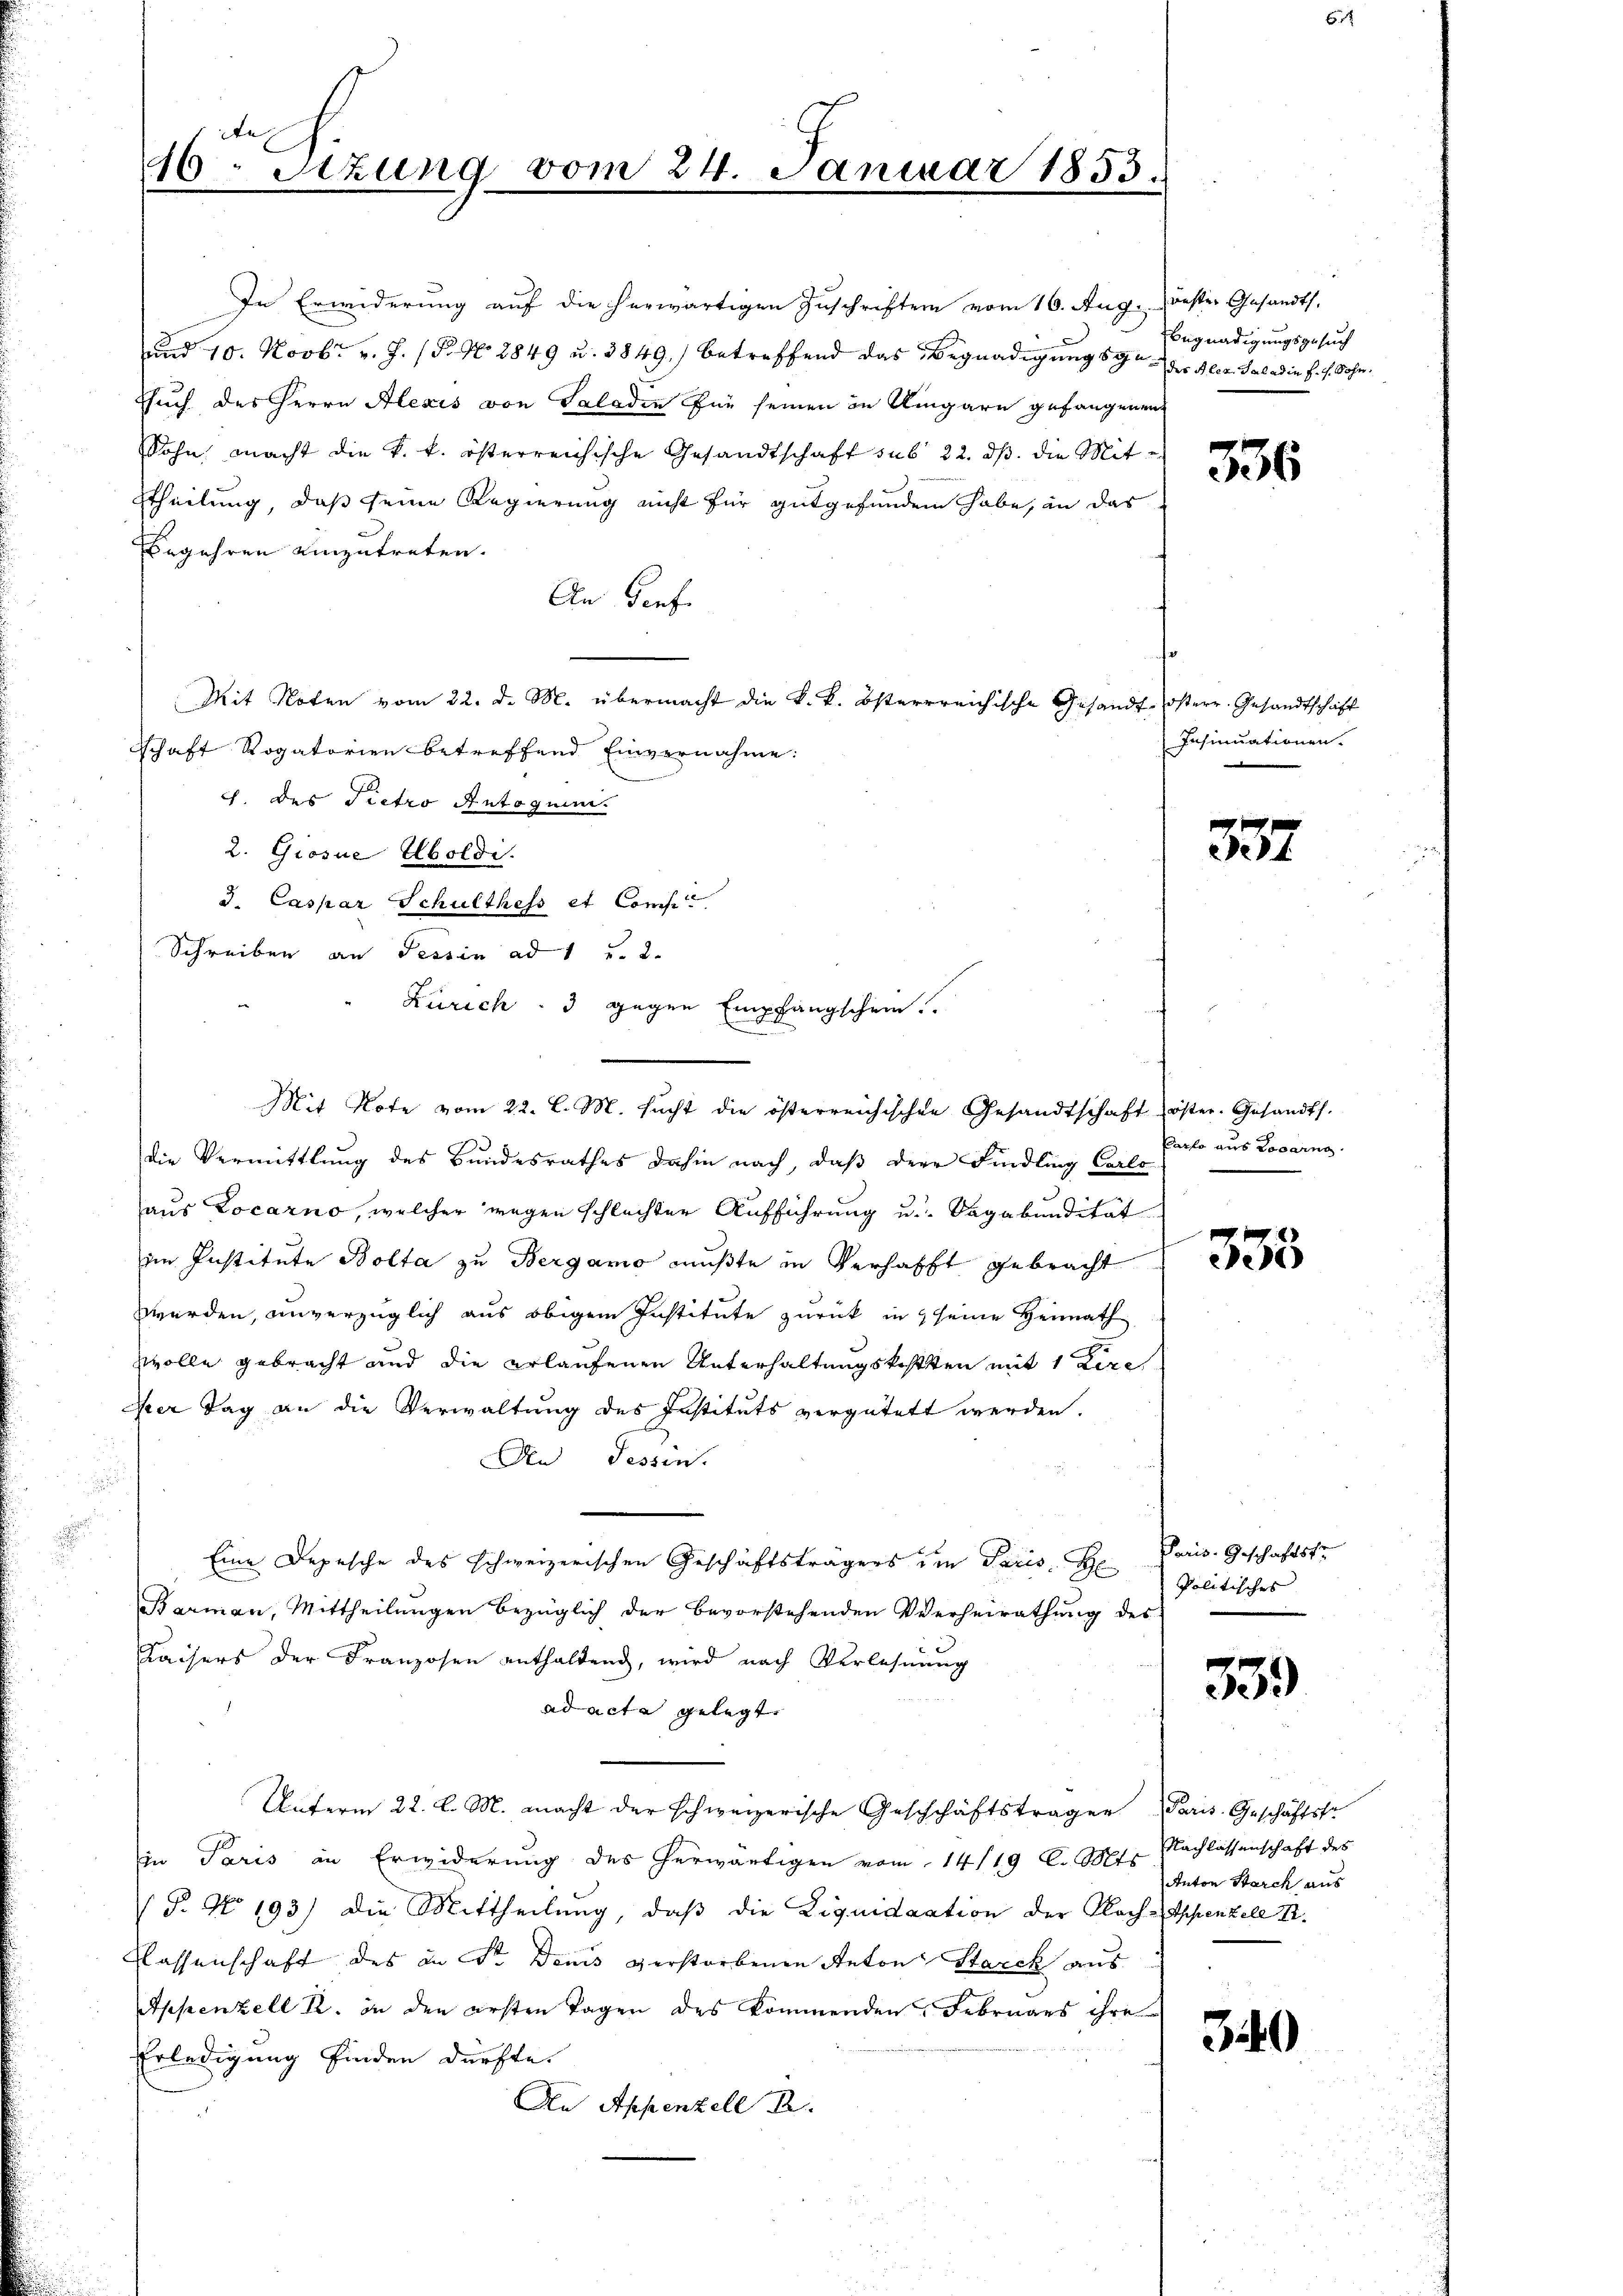
46. Sizung vom 24. Januar 1853.

In Erwiderung auf die herwärtigen Zuschriften vom 16. Aug. Deser Gesandts.
und 10. Novbr. v. J. P. Nr. 2849 u. 3849.) betreffend das Begnadigungsg. der Alex Sala die h. s. Sohn.
Euch des Herrn Alexis von Saladen für seinen in Eingarn gefangenen
Sohn macht die k. k. österreichische Gesandtschaft sub 22. ds. die Mittheilung, daß seine Regierung nicht für gutgefunden habe, an das
Begehren einzutreten.
An Genf.
Mit Noten vom 22. d. M. übermacht die k. k. österrreichische Gesandt-österr. Gesandtschaft
schaft Rogatorien betreffend Einvernahme:
c. des Pietro Antoguin.
2. Giosae Uboldi.
d. Caspar Schulthess et Confe
Schreiben an Tessin ad 1. 2.
die Vermittlung des Bundesrathes dahin nach, daß der Findling Carlo
haus Locarno, welcher wegen schlechter Aufführung u. Sagabendität
im Institute Bolta zu Bergamo mußte in Verhafft gebracht
werden, unverzüglich aus obigem Institute zurück in 4 seine Heimath
wolle gebracht und die erlaufenen Unterhaltungskosten mit 1 Lire
Ver Tag an die Verwaltung des Instituts vergütet werden.
An Tessen.
Eine Depesche des schweizerischen Geschäftsträgers den Paris, H
Barmann, Mittheilungen bezüglich der bevorstehenden Verheirathung des
Kaisers der Franzosen enthaltend, wird nach Verlehnung
2
ad acta gelegt.
Unterm 22. l. M. macht der schweizerische Geschchäftsträgen Paris. Geschäfts-
in Paris in Erwiderung des herwärtigen vom 14/19 l. Mts. Nachlassenschaft des
P. Nr. 193) die Mittheilung, daß die Liquidaation der Nach-Appenzell I.
flassenschaft des an Sr. Denis verstorbenen Anton Starck aus
Appenzell R. in den ersten Tagen des kommenden Februars ihre
Erledigung finden dürfte.
An Appenzell I.

Zürich. 3 gegen Empfangschein
Mit Note vom 22. l. M. sucht die österreichischen Gesandtschaft öster. Gesandts.

Begnadigungsgesuch

336

Insinuationen.

337

Parlo aus Locarng

335

Paris. Geschäftsf
Politisches

359)

Anton Starch aus

340